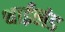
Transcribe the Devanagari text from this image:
थाईलंड